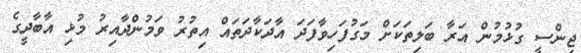
ޖިންސީ ގުޅުމުން އަރާ ބަލިތަކަށް މަގުފަހިވާފަދަ އާދަކާދަތައް އިތުރު ވަމުންދާއިރު މުޅި އާބާދީގެ